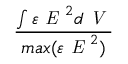
\frac { \int \varepsilon \textit { E } ^ { 2 } d \textit { V } } { m a x ( \varepsilon \textit { E } ^ { 2 } ) }